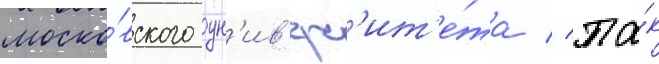
моско́вского ун'ив'ерс'ит'е́та // Та́к